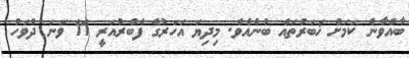
ބާއްވާނެ ކަމަށް ޚަބަރުތައް ބުނެއެވެ. މިދިޔަ އަހަރުގެ ފެބްރުއަރީ 11 ވަނަ ދުވަހު